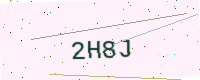
Text: 2H8J